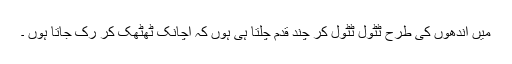
میں اندھوں کی طرح ٹٹول ٹٹول کر چند قدم چلتا ہی ہوں کہ اچانک ٹھٹھک کر رک جاتا ہوں ۔